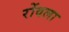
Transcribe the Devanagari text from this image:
रोंवला